Report on the Civil Veterinary Department, Eastern Bengal and Assam - 1907-1911
Year: 1907
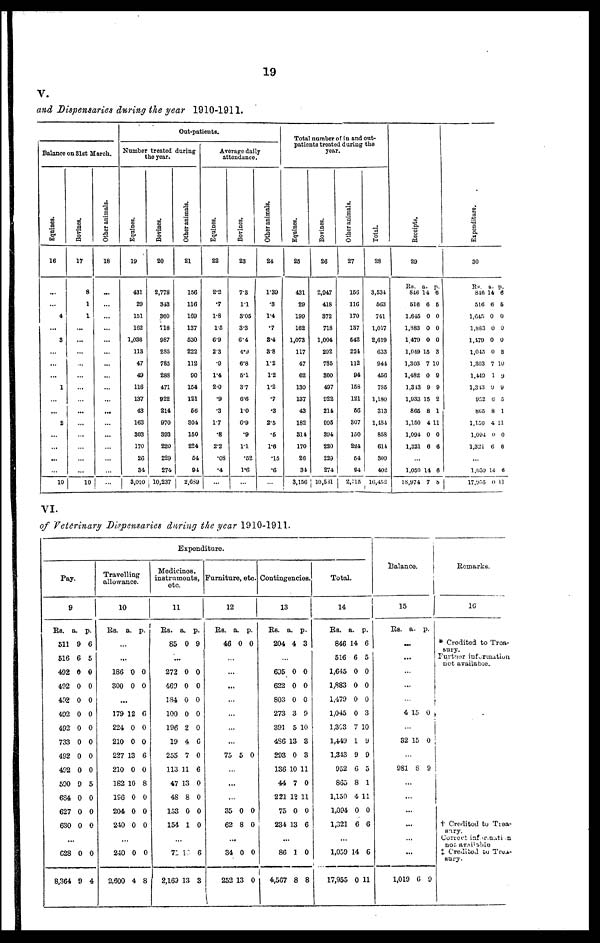
19
V.
and Dispensaries during the year 1910-1911.
Balance on 31st March.
Equines.
16
...
...
4
...
3
...
...
...
1
...
2
...
...
...
...
10
Bovines.
17
8
1
1
...
...
...
...
...
...
...
...
...
...
...
...
...
10
Other animals.
18
...
...
...
...
...
...
...
...
...
...
...
...
...
...
...
...
...
Out-patients.
Number treated during
the year.
Equines.
19
431
29
151
162
1,036
113
47
49
116
137
43
163
303
170
26
34
3,010
Bovines.
20
2,778
343
360
718
987
285
785
288
471
922
214
970
393
220
229
274
10,237
Other animals.
21
156
116
109
137
530
222
112
90
154
121
56
304
150
224
54
94
2689
Average daily
attendance.
Equines.
22
2.2
.7
1.8
1.5
6.9
2.3
.9
1.4
2.0
.9
.3
17
.8
2.2
.08
.4
...
Bovines.
23
73
1.1
3.05
3 3
6.4
4.9
6.8
5.1
37
6.6
1.0
6.9
.9
1.1
.52
1.6
...
Other animals.
24
1.39
.3
1.4
.7
3.4
3.8
1.2
1.2
1.2
.7
.3
2.5
.6
1.6
.15
.6
...
Total number of in and out-
patients treated during the
year.
Equines.
25
431
29
199
162
1,073
117
47
62
130
137
43
182
314
170
26
34
3,156
Bovines.
26
2,047
418
372
718
1,004
202
785
300
497
922
214
995
394
220
229
274
10,531
Other animals.
27
150
116
170
137
542
221
112
94
153
121
56
307
150
224
54
94
2,715
Total.
28
3,534
563
741
1,017
2,619
633
944
456
785
1,180
313
1,484
858
614
309
402
16,452
Receipts.
29
Rs. a. p.
846 14 6
516 6 5
1,645 0 0
1,383 0 0
1 479 0 0
1,049 15 3
1,303 7 10
1,482 0 9
1,313 9 9
1,033 15 2
865 8 1
1,150 4 11
1,094 0 0
1,321 6 6
...
1,050 14 6
18,974 7 8
Expenditure.
30
Rs. a. p.
816 14 6
516 6 5
1,645 0 0
1,883 0 0
1,179 0 0
1,045 0 3
1,303 7 10
1,449 1 9
1,343 9 9
952 6 5
865 8 1
1,150 4 14
1,094 0 0
1,321 6 6
...
1.039 14 6
17,935 0 11
VI.
of Veterinary Dispensaries during the year 1910-1911.
Pay.
9
RS.
a. p.
511 9 6
516 6 5
492 0 0
402 0 0
492 0 0
492 0 0
492 0 0
733 0 0
492 0 0
492 0 0
590 9 5
684 0 0
627 0 0
630 0 0
...
628 0 0
8,364 9 4
Travelling
allowance.
10
Rs. a. p.
...
...
186 0 0
300 0 0
...
179 12 6
224 0 0
210 0 0
227 13 6
210 0 0
182 10 8
196 0 0
204 0 0
240 0 0
...
240 0 0
2,600 4 8
Expenditure.
Medicines,
instruments,
etc.
11
Rs. a. p.
85 0 9
...
272 0 0
469 0 0
184 0 0
100 0 0
196 2 0
19 4 6
255 7 0
113 11 6
47 13 0
48 8 0
153 0 0
154 1 0
...
71 13 6
2,169 13 3
Furniture, etc.
12
Rs. a. p.
46 0 0
...
...
...
...
...
...
...
75 5 0
...
...
...
35 0 0
62 8 0
...
34 0 0
252 13 0
Contingencies.
13
Rs. a. p.
204 4 3
...
695 0 0
622 0 0
803 0 0
273 3 9
391 5 10
486 13 3
293 0 3
136 10 11
44 7 0
221 12 11
75 0 0
234 13 6
...
86 1 0
4,567 8 8
Total.
14
RS.
a. p.
846 14 6
516 6 5
1,645 0 0
1,883 0 0
1,479 0 0
1,045 0 3
1,363 7 10
1,449 1 9
1,343 9 9
952 6 5
865 8 1
1,150 4 11
1,094 0 0
1,321 6 6
...
1,059 14 6
17,955 0 11
Balance.
15
RS.
a. p.
...
...
...
...
...
4 15 0
...
32 15 0
...
981 8 9
...
...
...
...
...
...
1,019 6 9
Remarks.
16
* Credited to Trea-
sury.
Furtnor information
not available.
† Creditod to Trea-
sury.
Correct information
not available
‡ Credited to Trea-
sury.